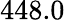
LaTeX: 448.0